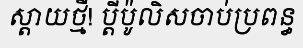
ស្តាយថ្មី! ប្តីប៉ូលិសចាប់ប្រពន្ធ